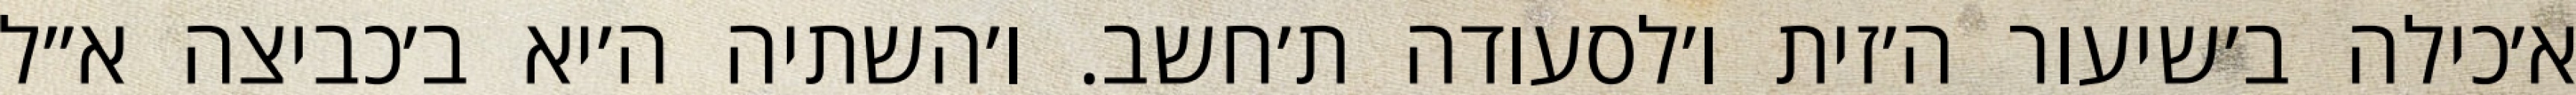
א׳כילה ב׳שיעור ה׳זית ו׳לסעודה ת׳חשב. ו׳השתיה ה׳יא ב׳כביצה א״ל